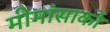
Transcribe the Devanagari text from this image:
मीमांसाकाे